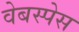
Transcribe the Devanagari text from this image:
वेबस्पेस